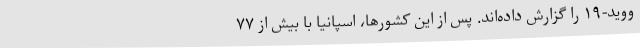
ووید-۱۹ را گزارش داده‌اند. پس از این کشورها، اسپانیا با بیش از ۷۷